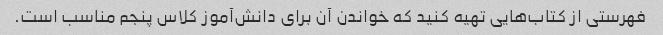
فهرستی از کتاب‌هایی تهیه کنید که خواندن آن برای دانش‌آموز کلاس پنجم مناسب است.